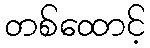
တစ်ထောင့်